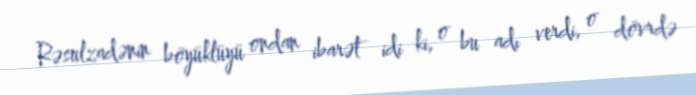
Rəsulzadənin böyüklüyü ondan ibarət idi ki, o bu adı verdi, o dövrdə